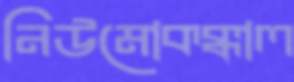
নিউমোকক্কাল